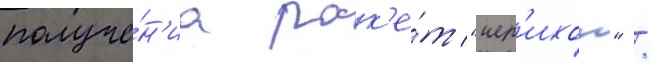
получе́н'иа рак'е́т "иер'ихон" /